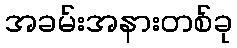
အခမ်းအနားတစ်ခု